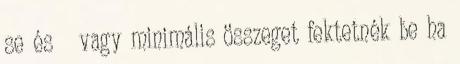
se és vagy minimális összeget fektetnék be ha